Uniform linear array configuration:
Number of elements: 24
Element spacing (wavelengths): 1
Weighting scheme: hamming
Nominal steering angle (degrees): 15
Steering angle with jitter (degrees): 16.498
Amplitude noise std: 0.05
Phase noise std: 0.05

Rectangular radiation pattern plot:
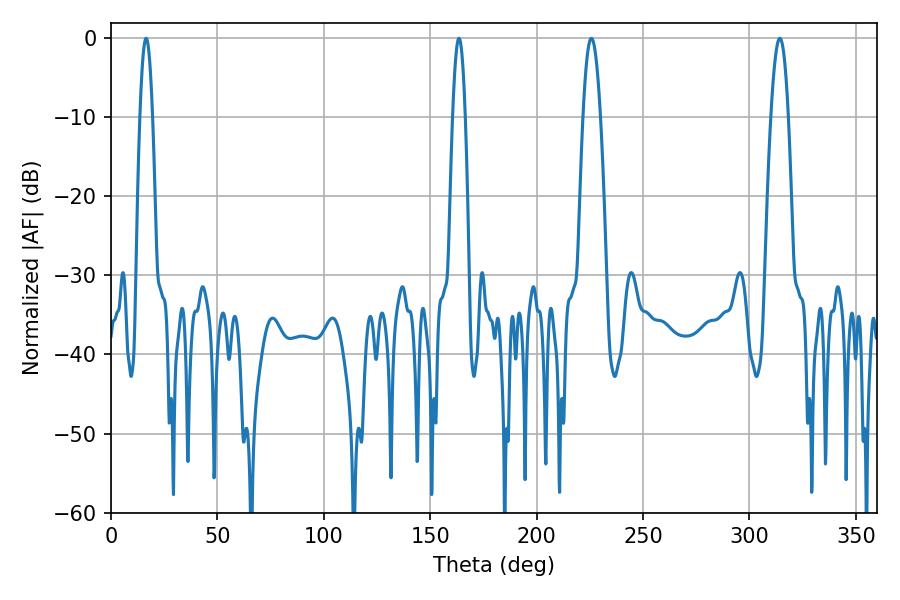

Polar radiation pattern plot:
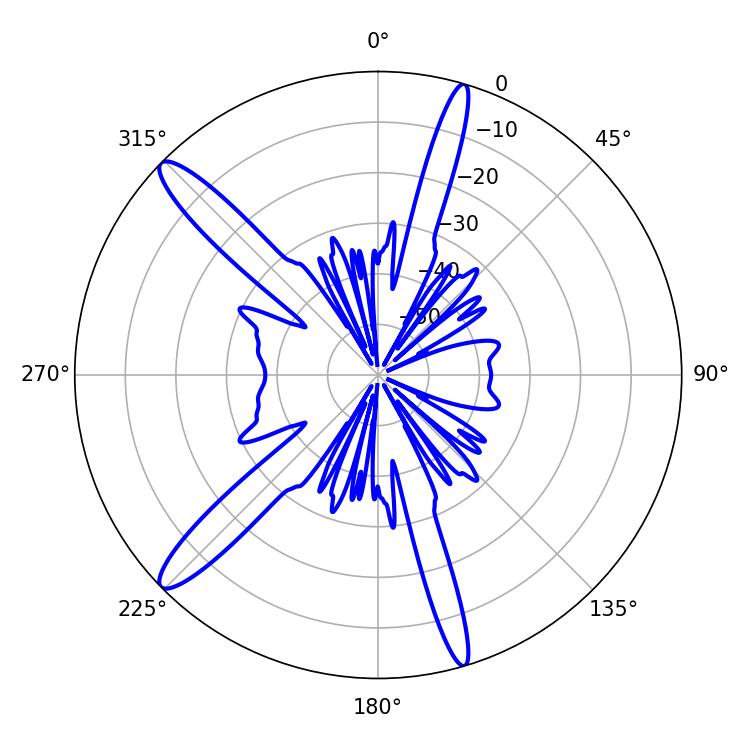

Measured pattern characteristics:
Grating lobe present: TRUE
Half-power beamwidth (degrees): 4.5
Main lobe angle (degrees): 225.72